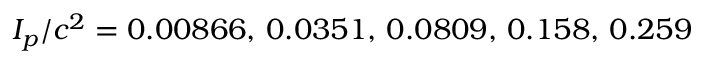
I _ { p } / c ^ { 2 } = 0 . 0 0 8 6 6 , \, 0 . 0 3 5 1 , \, 0 . 0 8 0 9 , \, 0 . 1 5 8 , \, 0 . 2 5 9